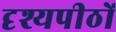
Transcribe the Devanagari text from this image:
दृश्यपीठों